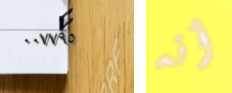
٠٠٧٧٩٥ أنه